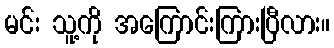
မင်း သူ့ကို အကြောင်းကြားပြီလား။